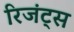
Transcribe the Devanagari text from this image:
रिजंट्स